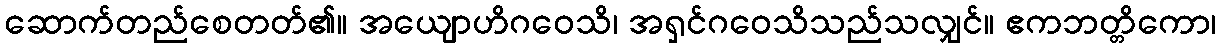
ဆောက်တည်စေတတ်၏။ အယျောဟိဂဝေသိ၊ အရှင်ဂဝေသိသည်သလျှင်။ ဧကဘတ္တိကော၊